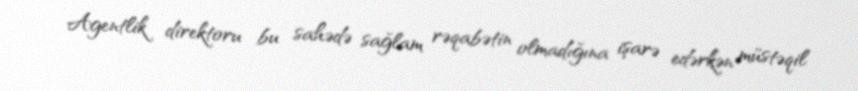
Agentlik direktoru bu sahədə sağlam rəqabətin olmadığına işarə edərkən müstəqil